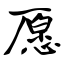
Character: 愿